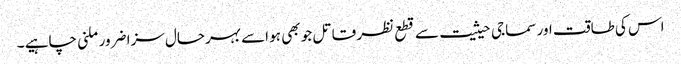
اس کی طاقت اور سماجی حیثیت سے قطع نظر قاتل جو بھی ہو اسے بہرحال سزا ضرور ملنی چاہیے ۔